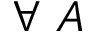
\forall ~ A